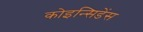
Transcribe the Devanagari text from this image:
कोइन्सिडेंस